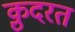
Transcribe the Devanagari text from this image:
क़़ुदरत